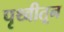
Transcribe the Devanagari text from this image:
पृथ्वीतून